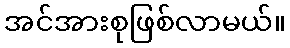
အင်အားစုဖြစ်လာမယ်။